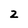
Character: 2